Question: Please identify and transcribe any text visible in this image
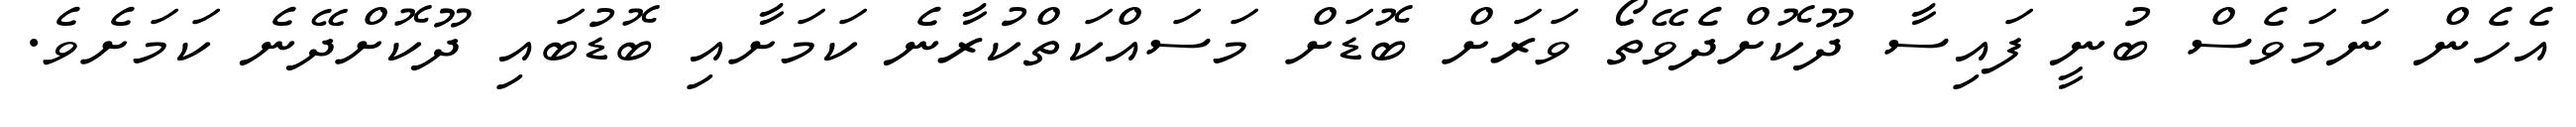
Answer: އެހެން ނަމަވެސް ބުނީ ފައިސާ ދޫކޮށްދެވޭތޯ ވަރަށް ބޮޑަށް މަސައްކަތްކުރާނެ ކަމަށާއި ބޮޑުބައި ދޫކޮށްދޭނެ ކަމަށެވެ.